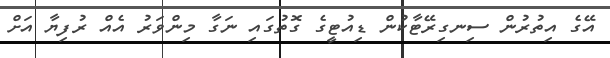
އޭގެ އިތުރުން ސިނގިރޭޓާކުން ޑިއުޓީގެ ގޮތުގައި ނަގާ މިންވަރު އެއް ރުފިޔާ އަށް